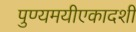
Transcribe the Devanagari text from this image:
पुण्यमयीएकादशी